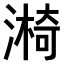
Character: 𣾐